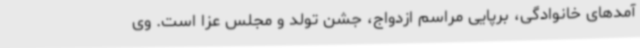
آمدهای خانوادگی، برپایی مراسم ازدواج، جشن تولد و مجلس عزا است. وی